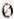
0